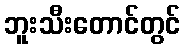
ဘူးသီးတောင်တွင်